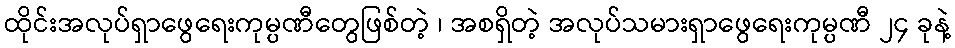
ထိုင်းအလုပ်ရှာဖွေရေးကုမ္ပဏီတွေဖြစ်တဲ့ ၊ အစရှိတဲ့ အလုပ်သမားရှာဖွေရေးကုမ္ပဏီ ၂၄ ခုနဲ့